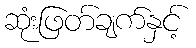
ဆုံးဖြတ်ချက်နှင့်